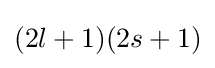
{\textstyle (2l+1)(2s+1)}